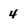
Character: 4